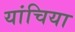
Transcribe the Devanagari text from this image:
यांचिया